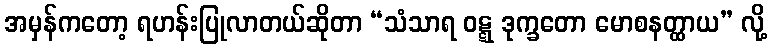
အမှန်ကတော့ ရဟန်းပြုလာတယ်ဆိုတာ “သံသာရ ဝဋ္ဋ ဒုက္ခတော မောစနတ္ထာယ” လို့